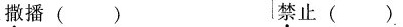
撒播() 禁止().